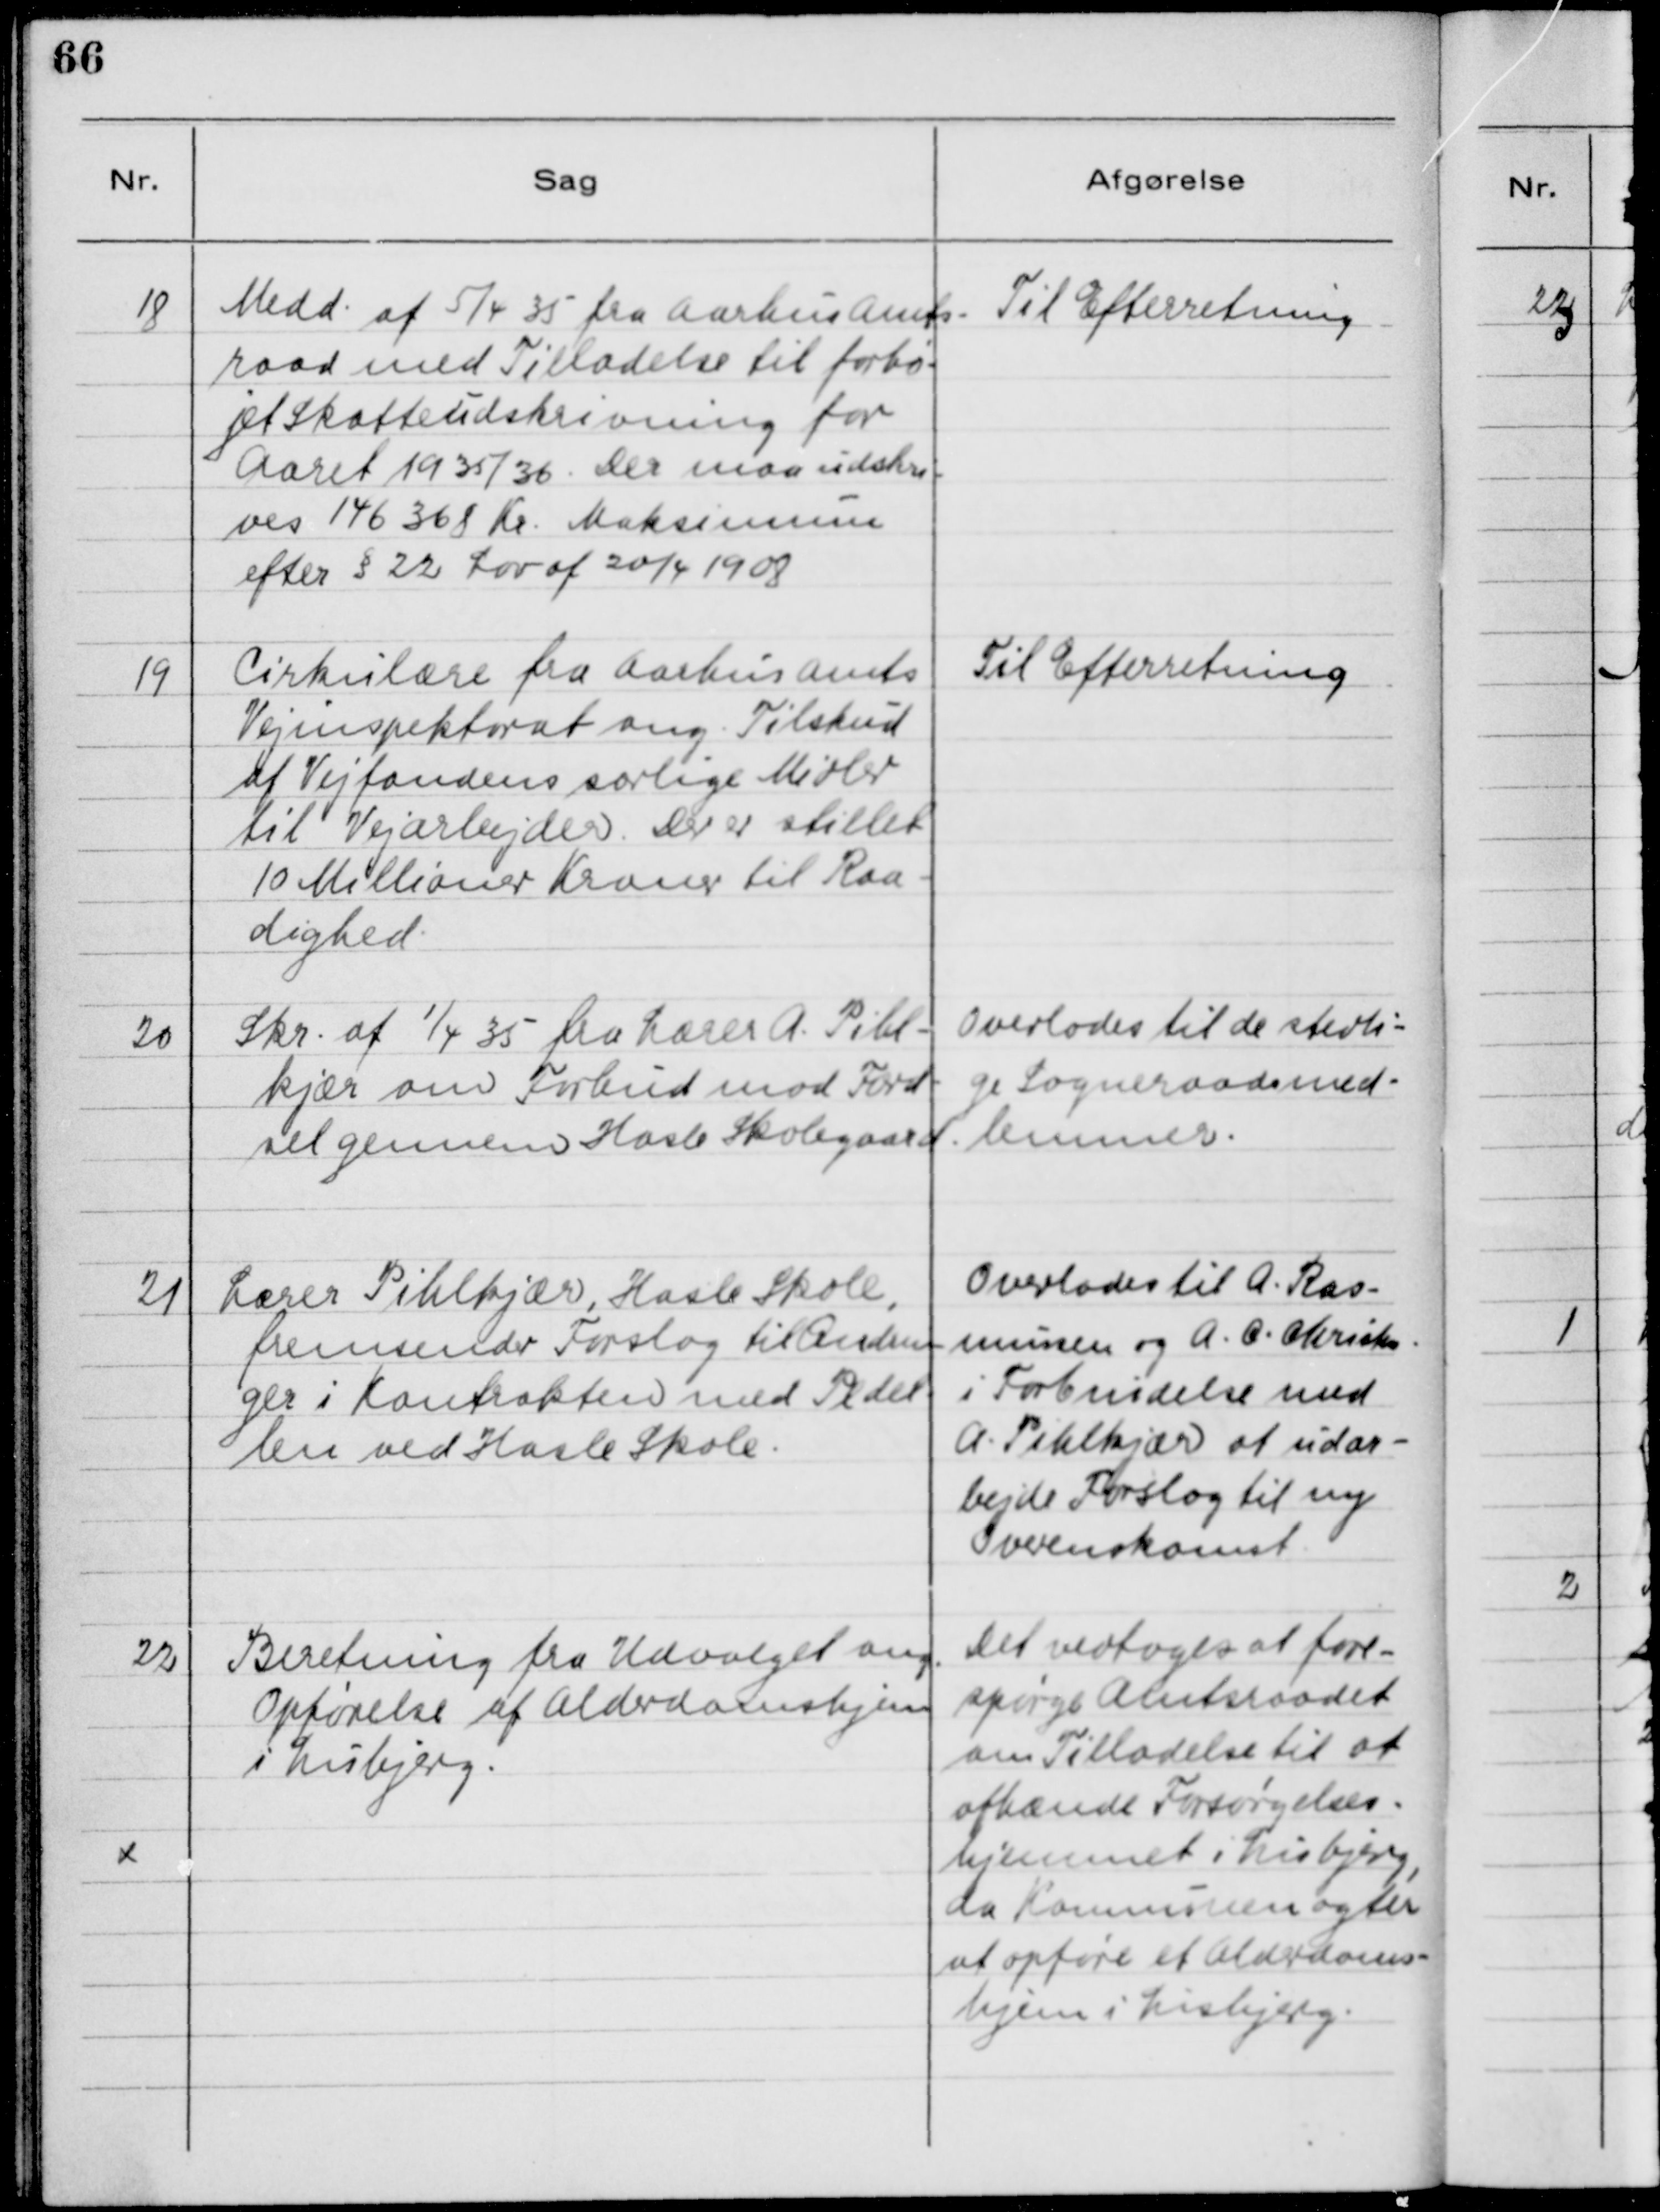
Transskription:
18

Medd. af 5/4 35 fra Aarhus Amts-
raad med Tilladelse til forhø-
jet Skatteundskrivning for
Aaret 1935/36. Der maa udskri-
ves 146.368 Kr. Maksimum
efter § 22 Lov af 20/4 1908

Til Efterretning

19

Cirkulære fra Aarhus Amts
Vejinspektorat ang. Tilskud
af Vejfondens særlige Midler
til Vejarbejder. Der er stillet
10 Millioner Kroner til Raa-
dighed.

Til Efterretning

20

Skr. af 1/4 35 fra Lærer A. Pihl-
kjær om Forbud mod Fær-
sel gennem Hasle Skolegaard.

Overlades til de stedli-
ge Sogneraadsmed-
lemmer.

21

Lærer Pihlkjær, Hasle Skole,
fremsender Forslag til Ændrin-
ger i Kontrakten med Pedel-
len ved Hasle Skole.

Overlades til A. Ras-
mussen og A. C. Christensen
i Forbindelse med
A. Pihlkjær at udar-
bejde Forslag til ny
Overenskomst.

22

Beretning fra Udvalget ang.
Opførelse af Alderdomshjem
i Lisbjerg.

Det vedtoges at fore-
spørge Amtsraadet
om Tilladelse til at
afhænde Forsørgelses-
hjemmet i Lisbjerg,
da Kommunen agter
at opføre et Alderdoms-
hjem i Lisbjerg.